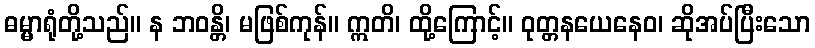
ဓမ္မာရုံတို့သည်။ န ဘဝန္တိ၊ မဖြစ်ကုန်။ ဣတိ၊ ထို့ကြောင့်။ ဝုတ္တနယေနေဝ၊ ဆိုအပ်ပြီးသော